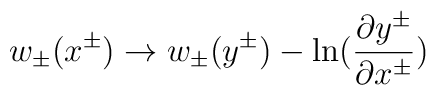
w_{\pm}(x^{\pm}) \rightarrow w_{\pm}(y^{\pm}) - \ln ({\partial y^{\pm} \over\partial x^{\pm}})